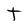
Character: t